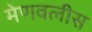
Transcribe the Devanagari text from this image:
मेणवलीस